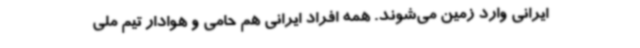
ایرانی وارد زمین می‌شوند. همه افراد ایرانی هم حامی و هوادار تیم ملی